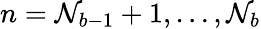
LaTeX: n=\mathcal{N}_{b-1}+1,\dots,\mathcal{N}_{b}